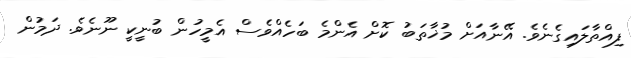
ފިއްތާލައިގެނެވެ. އޭނާއަށް މުޚާތަބު ކޮށް އެންމެ ބަހެއްވެސް އެމީހުން ބުނީކީ ނޫނެވެ. ދަމުން